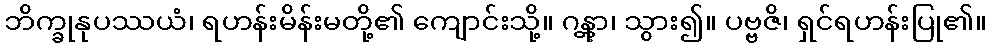
ဘိက္ခုနုပဿယံ၊ ရဟန်းမိန်းမတို့၏ ကျောင်းသို့။ ဂန္တွာ၊ သွား၍။ ပဗ္ဗဇိ၊ ရှင်ရဟန်းပြု၏။